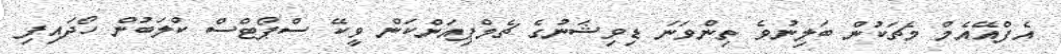
އެފްއޭއެމް މެޗަކުން ބަލިނުވެ ތިންވަނަ ޑިވިޝަނުގެ ޗެމްޕިއަންކަން ވީކޭ ސްޕޯޓްސް ކްލަބުން ހޯދައިފި